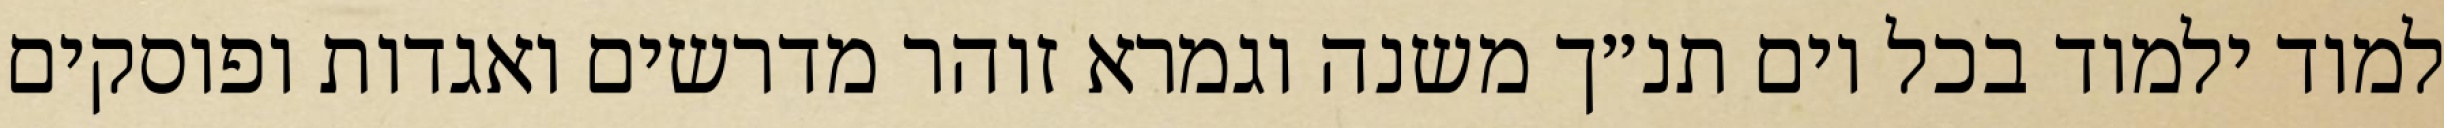
למוד ילמוד בכל יום תנ״ך משנה וגמרא זוהר מדרשים ואגדות ופוסקים